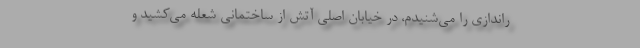
راندازی را می‌شنیدم، در خیابان اصلی آتش از ساختمانی شعله می‌کشید و